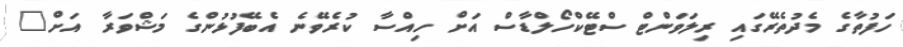
ހަފުތާގެ މެދުތެރޭގައި ރިލަވަންޓް ސްޓޭކްހޯލްޑާސް އަށް ހިއްސާ ކުރެވޭނެ އެބޭފުޅުންގެ މަޝްވަރާ އަށް"